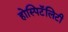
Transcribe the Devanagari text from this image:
होस्पिटॅलिटी